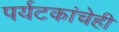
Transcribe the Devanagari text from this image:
पर्यटकांचेही